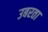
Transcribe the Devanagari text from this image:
उबरता